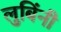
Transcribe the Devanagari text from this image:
लुबिंनी